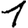
Digit: 1